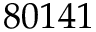
8 0 1 4 1